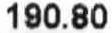
190.80